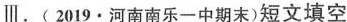
Ⅲ.( 2019·河南南乐一中期末)短文填空